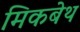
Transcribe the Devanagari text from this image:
मिकबेथ